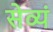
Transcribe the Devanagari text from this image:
सेव्यं